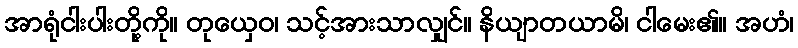
အာရုံငါးပါးတို့ကို။ တုယှေဝ၊ သင့်အားသာလျှင်။ နိယျာတယာမိ၊ ငါမေး၏။ အဟံ၊